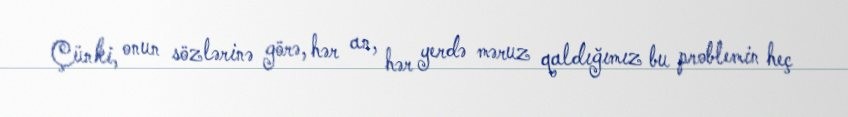
Çünki, onun sözlərinə görə, hər an, hər yerdə məruz qaldığımız bu problemin heç